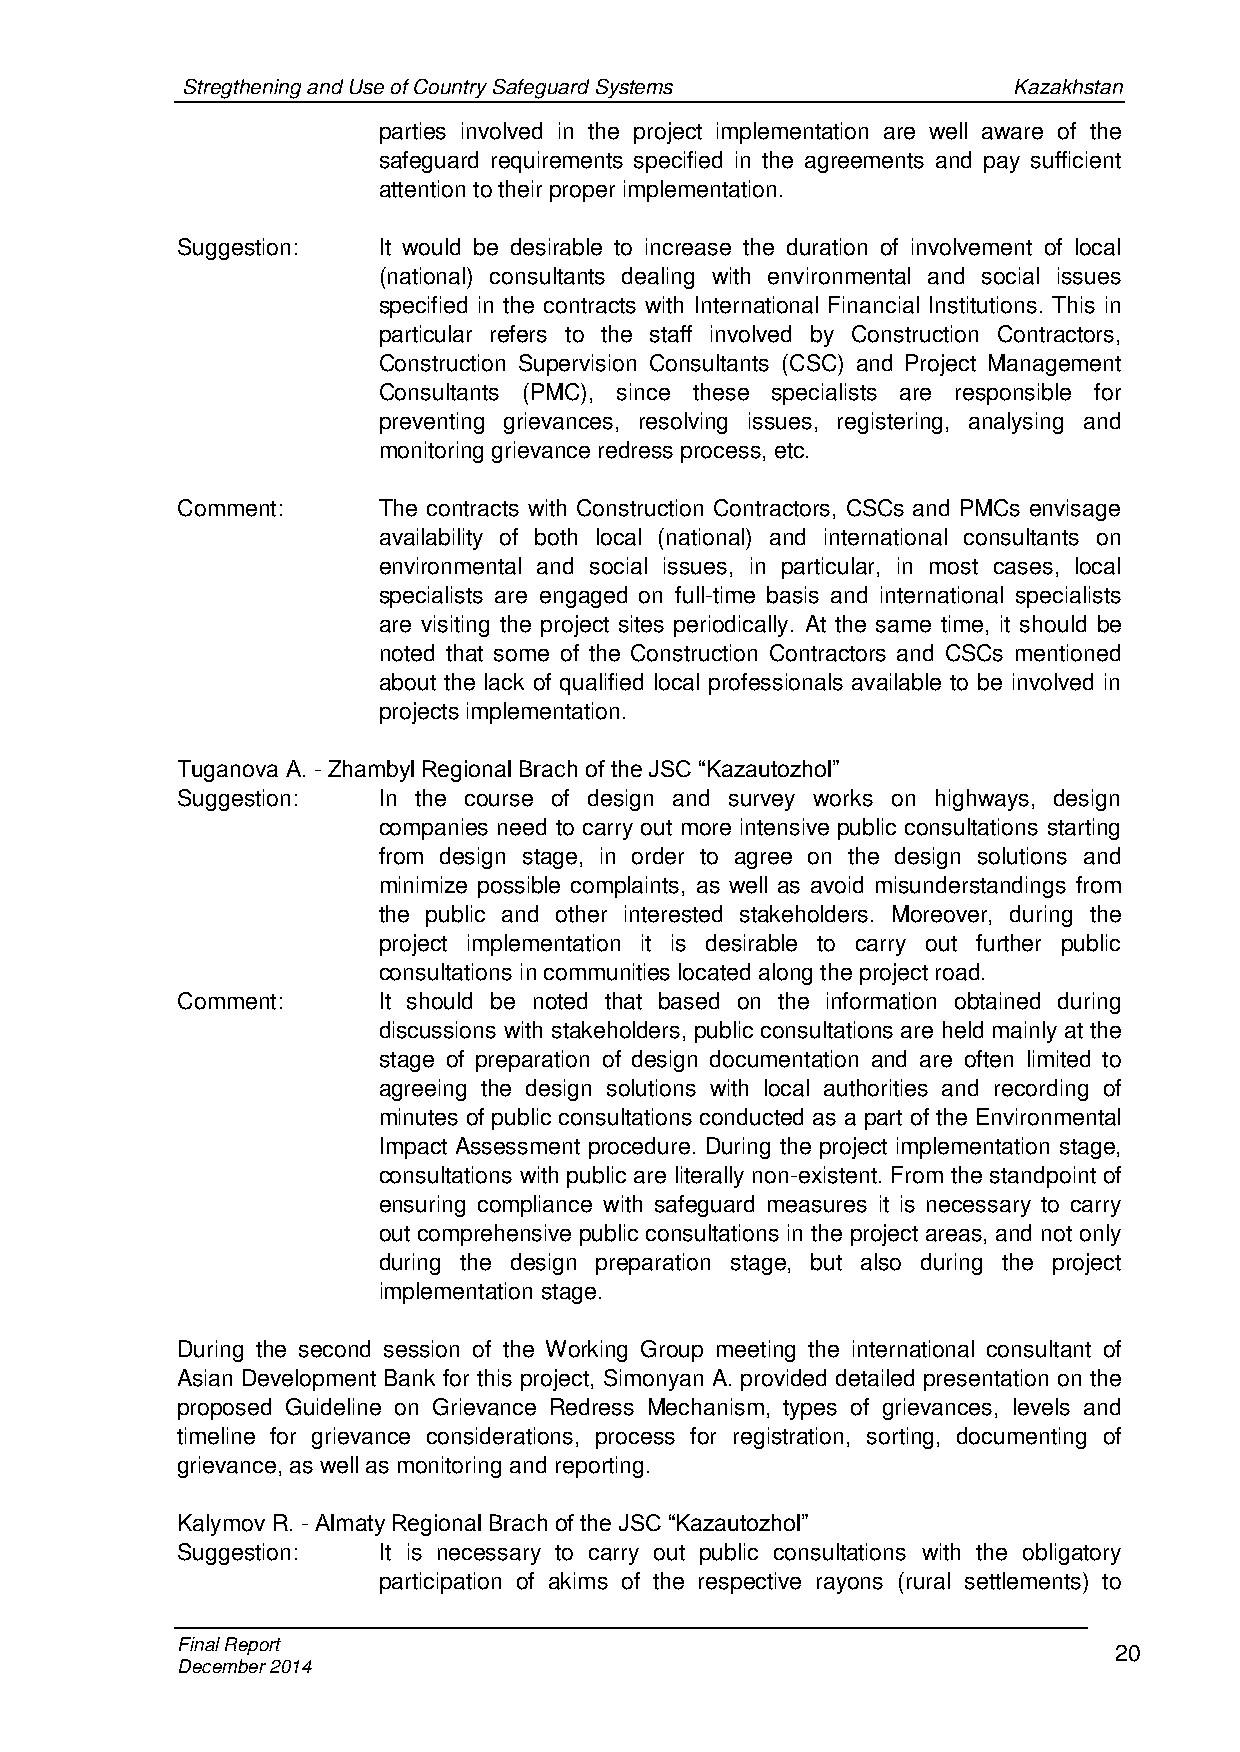
Stregthening and Use of Country Safeguard Systems      Kazakhstan
 parties involved in the project implementation are well aware of the
 safeguard requirements specified in the agreements and pay sufficient
 attention to their proper implementation.
 Suggestion:  It would be desirable to increase the duration of involvement of local
 (national) consultants dealing with environmental and social issues
 specified in the contracts with International Financial Institutions. This in
 particular refers to the staff involved by Construction Contractors,
 Construction Supervision Consultants (CSC) and Project Management
 Consultants (PMC), since these specialists are responsible for
 preventing grievances, resolving issues, registering, analysing and
 monitoring grievance redress process, etc.
 Comment:     The contracts with Construction Contractors, CSCs and PMCs envisage
 availability of both local (national) and international consultants on
 environmental and social issues, in particular, in most cases, local
 specialists are engaged on full-time basis and international specialists
 are visiting the project sites periodically. At the same time, it should be
 noted that some of the Construction Contractors and CSCs mentioned
 about the lack of qualified local professionals available to be involved in
 projects implementation.
 Tuganova А. - Zhambyl Regional Brach of the JSC “Kazautozhol”
 Suggestion:  In the course of design and survey works on highways, design
 companies need to carry out more intensive public consultations starting
 from design stage, in order to agree on the design solutions and
 minimize possible complaints, as well as avoid misunderstandings from
 the public and other interested stakeholders. Moreover, during the
 project implementation it is desirable to carry out further public
 consultations in communities located along the project road.
 Comment:     It should be noted that based on the information obtained during
 discussions with stakeholders, public consultations are held mainly at the
 stage of preparation of design documentation and are often limited to
 agreeing the design solutions with local authorities and recording of
 minutes of public consultations conducted as a part of the Environmental
 Impact Assessment procedure. During the project implementation stage,
 consultations with public are literally non-existent. From the standpoint of
 ensuring compliance with safeguard measures it is necessary to carry
 out comprehensive public consultations in the project areas, and not only
 during the design preparation stage, but also during the project
 implementation stage.
 During the second session of the Working Group meeting the international consultant of
 Asian Development Bank for this project, Simonyan A. provided detailed presentation on the
 proposed Guideline on Grievance Redress Mechanism, types of grievances, levels and
 timeline for grievance considerations, process for registration, sorting, documenting of
 grievance, as well as monitoring and reporting.
 Kalymov R. - Almaty Regional Brach of the JSC “Kazautozhol”
 Suggestion:  It is necessary to carry out public consultations with the obligatory
 participation of akims of the respective rayons (rural settlements) to
 Final Report                                                  20
 December 2014